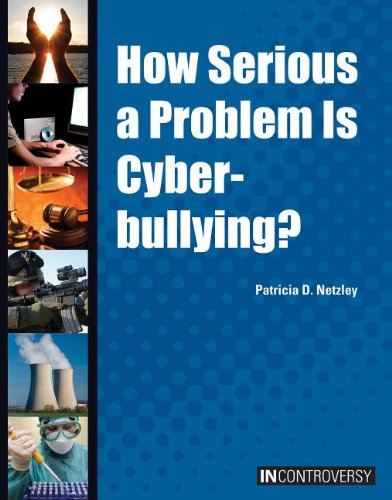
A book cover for How Serious a Problem Is Cyberbullying? (In Controversy); Patricia D. Netzley; Teen & Young Adult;